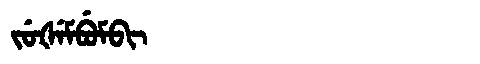
Manchu: ᠵᡠᡧᡝᠮᠪᡠᠮᠪᡳ
Romanization: JUŠEMBUMBI